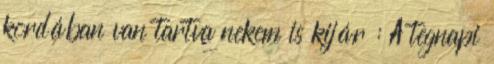
kordában van tartva nekem is kijár : A tegnapi